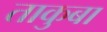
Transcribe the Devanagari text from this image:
ताकुबा